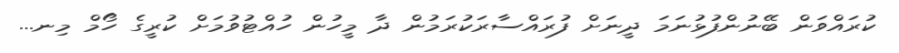
ކުރައްވަން ބޭނުންފުޅުނަމަ ދީނަށް ފުރައްސާރަކުރަމުން ދާ މީހުން ހުއްޓުވުމަށް ކުރީގެ ހޯމް މިނ...